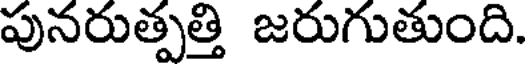
పునరుత్పత్తి జరుగుతుంది.